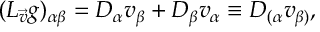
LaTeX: ( { \cal L } _ { \vec { v } } g ) _ { \alpha \beta } = D _ { \alpha } v _ { \beta } + D _ { \beta } v _ { \alpha } \equiv D _ { ( \alpha } v _ { \beta ) } ,